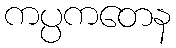
ကပ္ပကတေန